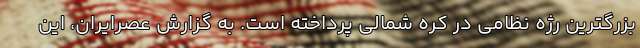
بزرگترین رژه نظامی در کره شمالی پرداخته است. به گزارش عصرایران، این